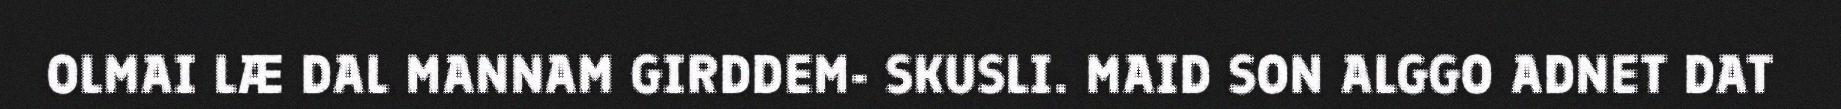
OLMAI LÆ DAL MANNAM GIRDDEM- SKUSLI. MAID SON ALGGO ADNET DAT